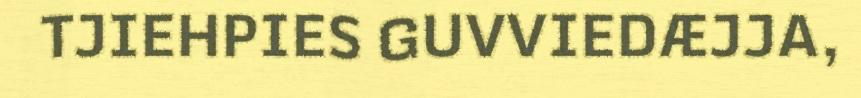
TJIEHPIES GUVVIEDÆJJA,